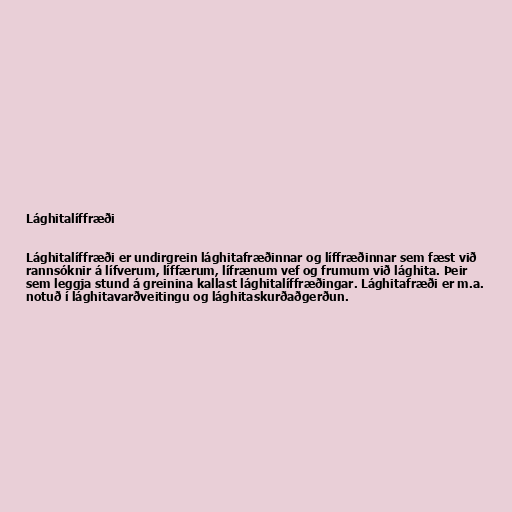
Lághitalíffræði

Lághitalíffræði er undirgrein lághitafræðinnar og líffræðinnar sem fæst við
rannsóknir á lífverum, líffærum, lífrænum vef og frumum við lághita. Þeir
sem leggja stund á greinina kallast lághitalíffræðingar. Lághitafræði er m.a.
notuð í lághitavarðveitingu og lághitaskurðaðgerðun.